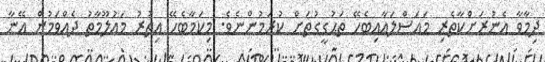
ދިމާވާ އެނުރަށްކާތެރި މައަސްލައާއިބެހޭ ތަޙުގީގުތަށް ކުރަމުންނެވެ. މިކަމާބެހޭ އިތުރު މައުލޫމާތު ދެއްވަމުން އޭނާ